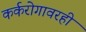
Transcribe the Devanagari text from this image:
कर्करोगावरही